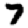
Digit: 7